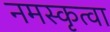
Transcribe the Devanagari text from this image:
नमस्कृत्वा